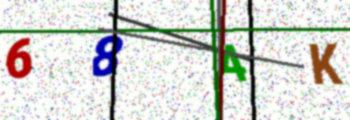
Text: 684K